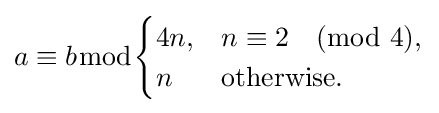
a\equiv b{\bmod {\begin{cases}4n,&n\equiv 2{\pmod {4}},\\n&{\text{otherwise.}}\end{cases}}}